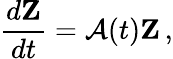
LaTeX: \frac{d\mathbf Z}{dt}={\cal A}(t){\mathbf Z}\, ,